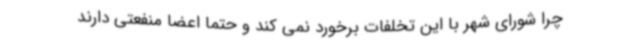
چرا شورای شهر با این تخلفات برخورد نمی کند و حتما اعضا منفعتی دارند